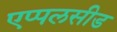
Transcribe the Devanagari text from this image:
एप्पलसीड